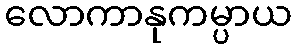
လောကာနုကမ္ပာယ